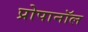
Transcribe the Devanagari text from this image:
प्रोपानॉल